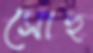
সোহু